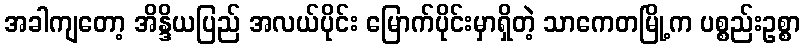
အခါကျတော့ အိန္ဒိယပြည် အလယ်ပိုင်း မြောက်ပိုင်းမှာရှိတဲ့ သာကေတမြို့က ပစ္စည်းဥစ္စာ